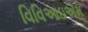
વિવિઆઇએમ